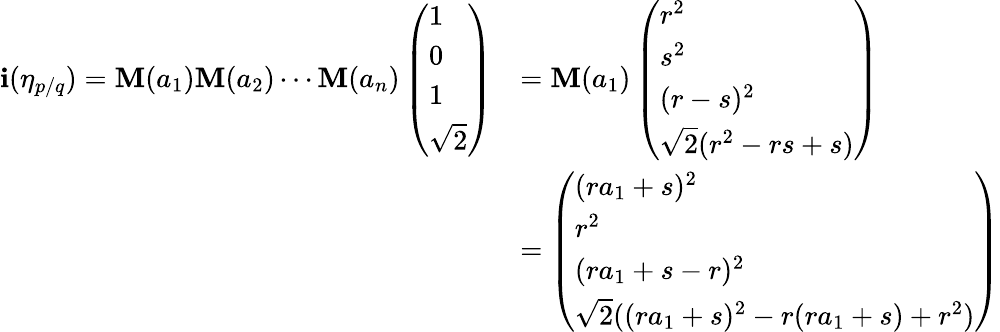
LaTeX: \begin{array}{rl}{\mathbf i(\eta_{p/q})=\mathbf{M}(a_{1})\mathbf{M}(a_{2})\cdots\mathbf{M}(a_{n})\left(\begin{array}{l}{1}\\ {0}\\ {1}\\ {\sqrt{2}}\end{array}\right)}&{=\mathbf{M}(a_{1})\left(\begin{array}{l}{r^{2}}\\ {s^{2}}\\ {(r-s)^{2}}\\ {\sqrt{2}(r^{2}-rs+s)}\end{array}\right)}\\ &{=\left(\begin{array}{l}{(ra_{1}+s)^{2}}\\ {r^{2}}\\ {(ra_{1}+s-r)^{2}}\\ {\sqrt{2}((ra_{1}+s)^{2}-r(ra_{1}+s)+r^{2})}\end{array}\right)}\end{array}